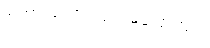
စကားတော့ လုံးဝမပြောဘူး။